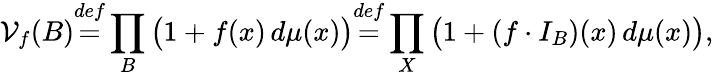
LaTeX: {\cal{V}}_{f}(B){\overset{def}{=}}\prod_{B}{\big(}1+f(x)\, d\mu(x){\big)}{\overset{def}{=}}\prod_{X}{\big(}1+(f\cdot I_{B})(x)\, d\mu(x){\big)},